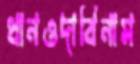
ধানওদাবিনাম